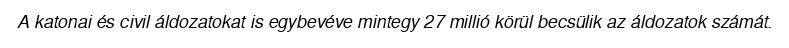
A katonai és civil áldozatokat is egybevéve mintegy 27 millió körül becsülik az áldozatok számát.